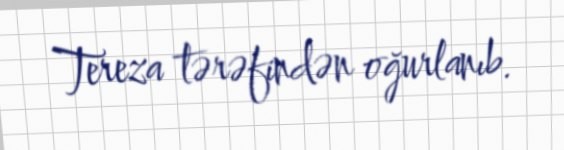
Tereza tərəfindən oğurlanıb.